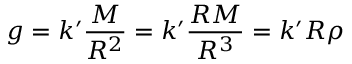
g = k ^ { \prime } { \frac { M } { R ^ { 2 } } } = k ^ { \prime } { \frac { R M } { R ^ { 3 } } } = k ^ { \prime } R \rho